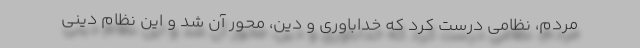
مردم، نظامی درست کرد که خداباوری و دین، محور آن شد و این نظام دینی